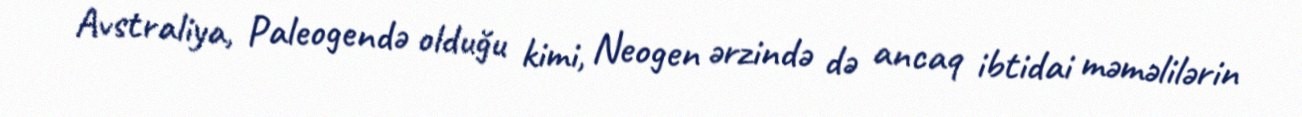
Avstraliya, Paleogendə olduğu kimi, Neogen ərzində də ancaq ibtidai məməlilərin